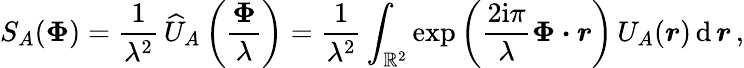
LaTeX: S_{A}(\boldsymbol\Phi)={\frac{1}{\lambda^{2}}}\, \widehat U_{A}\left({\frac{\boldsymbol\Phi}{\lambda}}\right)={\frac{1}{\lambda^{2}}}\int_{{\mathbb R}^{2}}\exp\left({\frac{2\mathrm{i}\pi}{\lambda}}\boldsymbol\Phi\boldsymbol\cdot\boldsymbol r\right)\, U_{A}(\boldsymbol r)\, \mathrm{d}\, \boldsymbol r\, ,